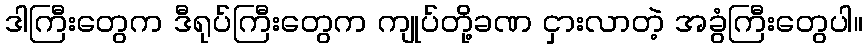
ဒါကြီးတွေက ဒီရုပ်ကြီးတွေက ကျုပ်တို့ခဏ ငှားလာတဲ့ အခွံကြီးတွေပါ။